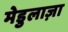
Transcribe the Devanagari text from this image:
मेडुलाज़ा